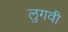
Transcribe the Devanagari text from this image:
लुगवी